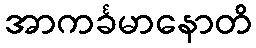
အာကင်္ခမာနောတိ